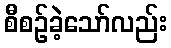
စီစဉ်ခဲ့သော်လည်း